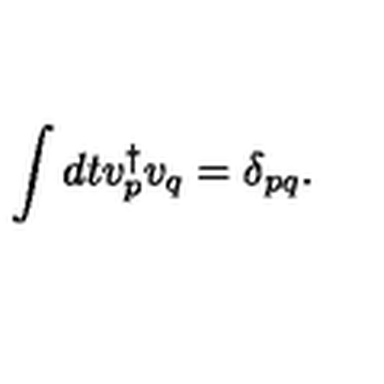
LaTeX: \int d t v _ { p } ^ { \dagger } v _ { q } = \delta _ { p q } .